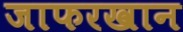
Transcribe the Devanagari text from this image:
जाफरखान